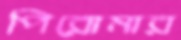
পিরোমার